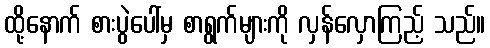
ထို့နောက် စားပွဲပေါ်မှ စာရွက်များကို လှန်လှောကြည့် သည်။